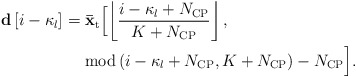
\begin{align*} \begin{aligned} {\bf{d}}\left[ {i - {\kappa _l} } \right]& = {{{\bf{\bar x}}}_{\rm{t}}}\Big[ {\left\lfloor {\frac{{i - {\kappa _l} + {N_{\rm{CP}}}}}{{K + {N_{\rm{CP}}}}}} \right\rfloor ,} \Big.\\ &\ \ \ \ \Big. {{\rm{mod}}\left( {i -{\kappa _l} + {N_{\rm{CP}}},K + {N_{\rm{CP}}}} \right) - {N_{\rm{CP}}}} \Big]. \end{aligned} \end{align*}